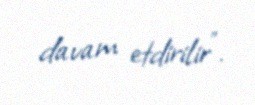
davam etdirilir".